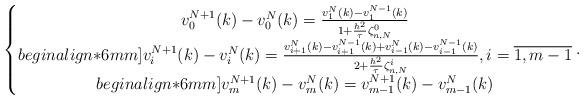
LaTeX: \begin{align*}\left\{\begin{matrix}v_0^{N+1}(k)-v_0^N(k)=\frac{v_1^N(k)-v_1^{N-1}(k)}{ 1+\frac{h^2}{\tau}\zeta_{n,N}^0}\\begin{align*}6mm]v_i^{N+1}(k)-v_i^N(k)=\frac{v_{i+1}^N(k)- v_{i+1}^{N-1}(k)+v_{i-1}^N(k)-v_{i-1}^{N-1}(k)}{2+\frac{h^2}{\tau}\zeta_{n,N}^i}, i=\overline{1,m-1}\\begin{align*}6mm] v_m^{N+1}(k)-v_m^N(k)=v_{m-1}^{N+1}(k)-v_{m-1}^N(k) \end{matrix}\right..\end{align*}